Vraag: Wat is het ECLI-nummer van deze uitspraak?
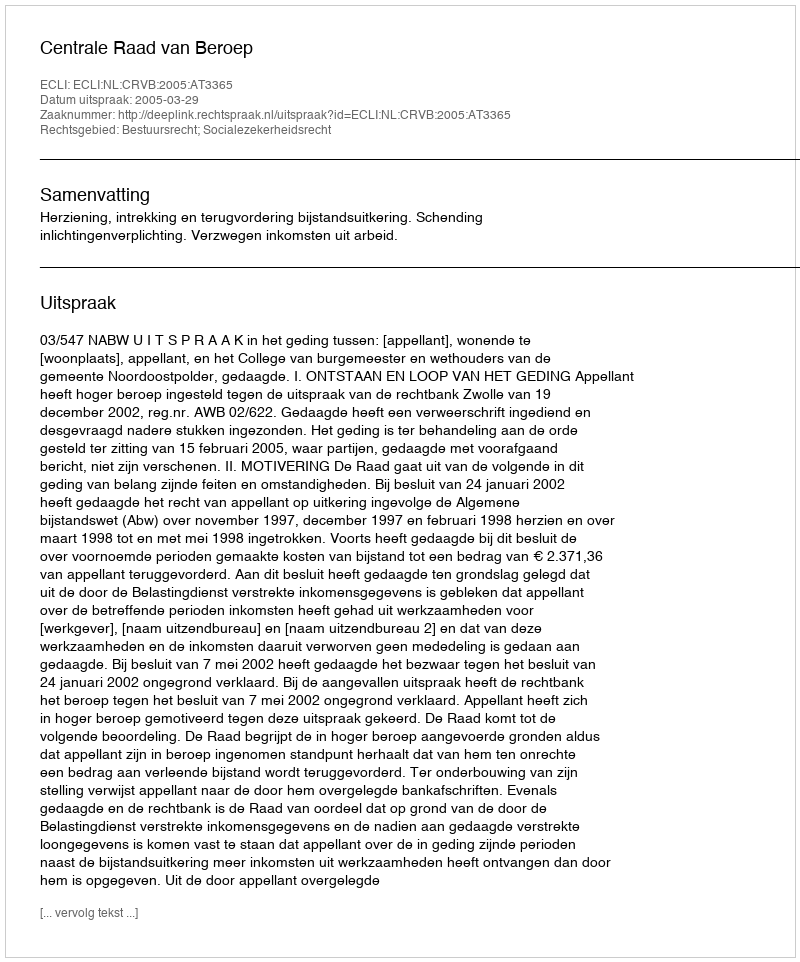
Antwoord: ECLI:NL:CRVB:2005:AT3365